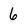
Character: 6